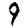
Digit: 9